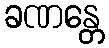
ခဏန္တေ